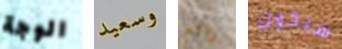
الوجة وسعيد رائع سيكون